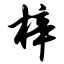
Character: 梓